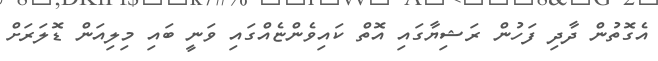
އެގޮތުން ދާދި ފަހުން ރަޝިޔާގައި އޮތް ކައިވެންޏެއްގައި ވަނީ ބައި މިލިއަން ޑޮލަރަށް